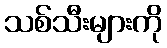
သစ်သီးများကို